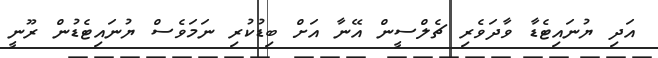
އަދި ޔުނައިޓެޑާ ވާދަވެރި ޗެލްސީން އޭނާ އަށް ބިޑުކުރި ނަމަވެސް ޔުނައިޓެޑުން ރޫނީ